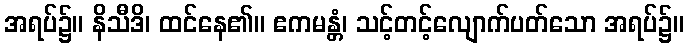
အရပ်၌။ နိသီဒိ၊ ထင်နေ၏။ ဧကမန္တံ၊ သင့်တင့်လျောက်ပတ်သော အရပ်၌။